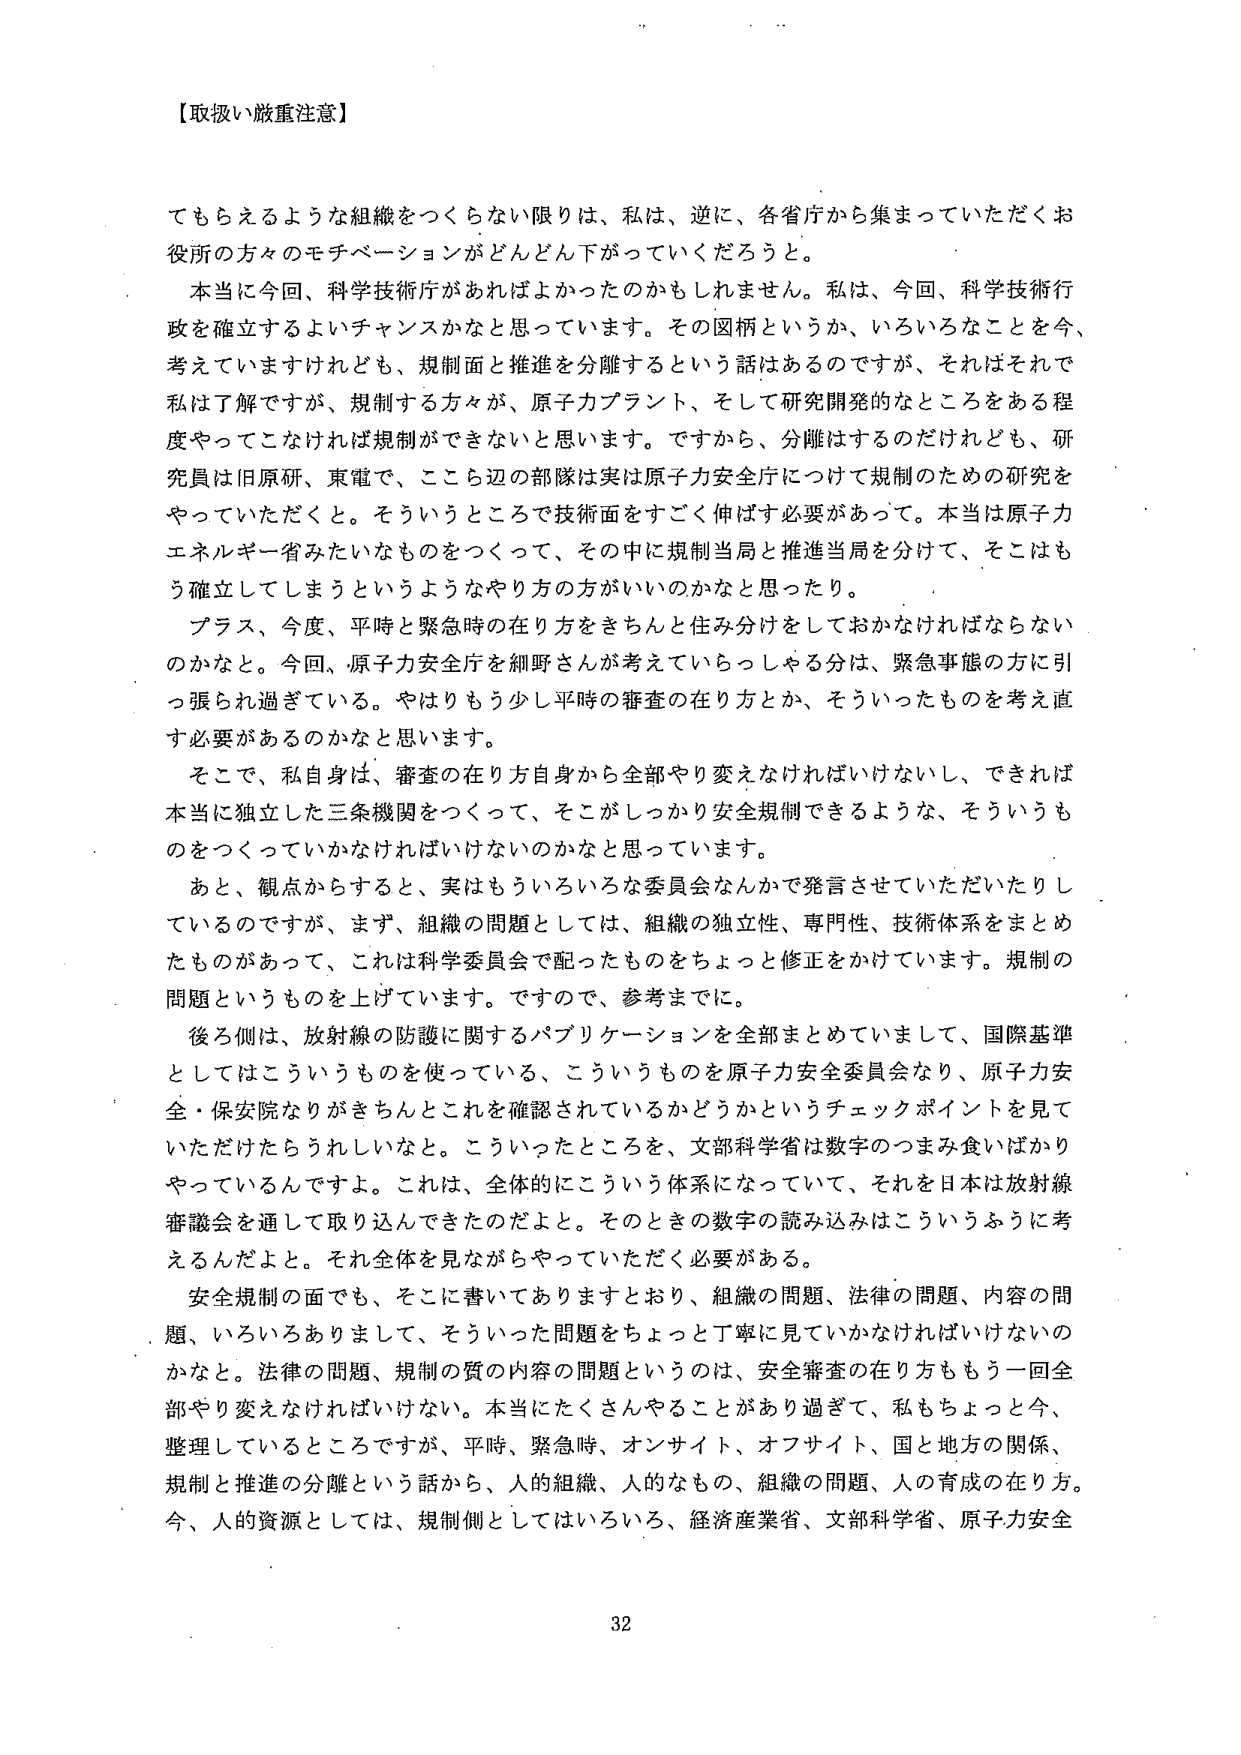
【取扱い厳重注意】

てもらえるような組織をつくらない限りは、私は、逆に、各省庁から集まっていただくお役所の方々のモチベーションがどんどん下がっていくだろうと。

本当に今回、科学技術庁があればよかったのかもしれません。私は、今回、科学技術行政を確立するよいチャンスかなと思っています。その図柄というか、いろいろなことを今、考えていますけれども、規制面と推進を分離するという話はあるのですが、それはそれで私は了解ですが、規制する方々が、原子力プラント、そして研究開発のなところをある程度やってこなければ規制ができないと思います。ですから、分離をするのだけれども、研究員は旧原研、東電で、こっち辺の部隊は実は原子力安全庁について規制のための研究をやっていただくと。そういうところで技術面をすごく伸ばす必要があって。本当は原子力エネルギー省みたいなものを作ってきて、その中に規制当局と推進当局を分けて、そこはもう確立してしまうというようなやり方の方がいいのかなと思ったり。

プラス、今度、平時と緊急時の在り方をきちんと住み分けをしておかなければならないのかなと。今回、原子力安全庁を細野さんが考えていらっしゃる分は、緊急事態の方に引っ張られ過ぎている。やはりもう少し平時の審査の在り方とか、そういったものを考え直す必要があるのかなと思います。

そこで、私自身は、審査の在り方自身から全部やり変えなければならないし、できれば本当に独立した三条機関をつくって、そこがしっかり安全規制できるような、そういうものを作っていくかなければならないのかなと思っています。

あと、観点からすると、実はもういろいろな委員会なんかで発言させていただいてたりしているのですが、まず、組織の問題としては、組織の独立性、専門性、技術体系をまとめたものがあって、これは科学委員会で配ったものをちょっと修正をかけています。規制の問題というものを上げています。ですので、参考までに。

後ろ側は、放射線の防護に関するパブリケーションを全部まとめていまして、国際基準としてはこういうものを使っている、こういうものを原子力安全委員会なり、原子力安全・保安院なりがきちんとこれを確認されているかどうかというチェックポイントを見ていただけたらうれしいなと。こういったところを、文部科学省は数字のつまみ食いばかりやっているんですよ。これは、全体的にこういう体系になっていて、それを日本は放射線審議会を通して取り込んできたのだと。そのときの数字の読み込みはこういうふうに考えるんだよと。それ全体を見ながらやっていただく必要がある。

安全規制の面でも、そこに書いてありますとおり、組織の問題、法律の問題、内容の問題、いろいろありまして、そういった問題をちょっと丁寧に見ていかなければならないのかなと。法律の問題、規制の質の内容の問題というのは、安全審査の在り方ももう一回全部やり変えなければならない。本当にたくさんやることがあり過ぎて、私もちょっと今、整理しているところですが、平時、緊急時、オンサイト、オフサイト、国と地方の関係、規制と推進の分離という話から、人的組織、人的なもの、組織の問題、人の育成の在り方。今、人的資源としては、規制側としてはいろいろ、経済産業省、文部科学省、原子力安全

32